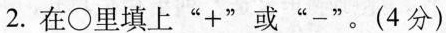
2.在\circ 里填上”+”或”-”。(4分)